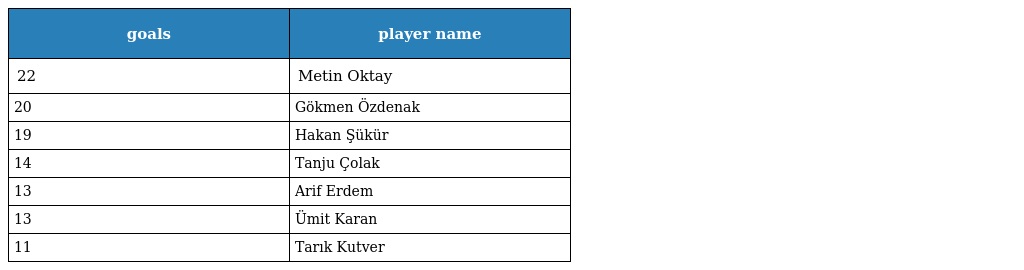
| goals | player name |
 | --- | --- |
 | 22 | Metin Oktay |
 | 20 | Gökmen Özdenak |
 | 19 | Hakan Şükür |
 | 14 | Tanju Çolak |
 | 13 | Arif Erdem |
 | 13 | Ümit Karan |
 | 11 | Tarık Kutver |